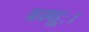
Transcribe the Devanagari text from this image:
बन्धुः।